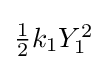
{\textstyle {\frac {1}{2}}k_{1}Y_{1}^{2}}